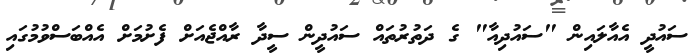
ސައުދީ އެއާލައިން "ސައުދިއާ" ގެ ދަތުރުތައް ސައުދީން ސީދާ ރާއްޖެއަށް ފެށުމަށް އެއްބަސްވުމުގައި